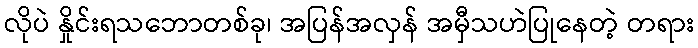
လိုပဲ နှိုင်းရသဘောတစ်ခု၊ အပြန်အလှန် အမှီသဟဲပြုနေတဲ့ တရား